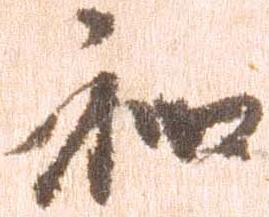
和